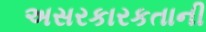
અસરકારકતાની